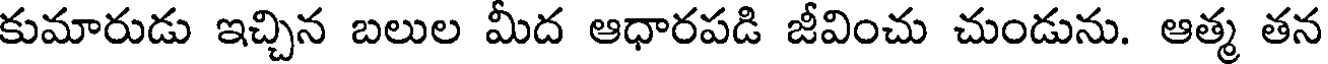
కుమారుడు ఇచ్చిన బలుల మీద ఆధారపడి జీవించు చుండును. ఆత్మ తన